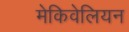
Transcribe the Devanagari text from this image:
मेकिवेलियन